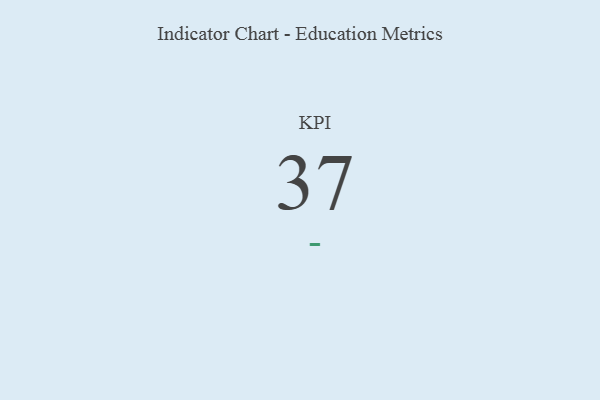
{"axis": {"x": "KPI", "y": "Value"}, "legend": [""], "data": [{"x": "KPI", "y": 37, "type": ""}]}